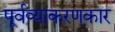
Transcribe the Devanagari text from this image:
पूर्वव्याकरणकार